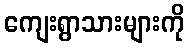
ကျေးရွာသားများကို